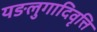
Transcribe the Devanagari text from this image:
यङलुगादिवृत्ति